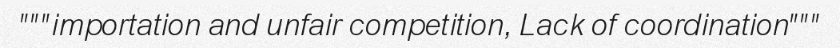
"""importation and unfair competition, Lack of coordination"""